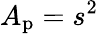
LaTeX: A_{\mathrm{p}}=s^{2}